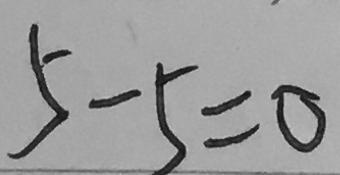
5 - 5 = 0